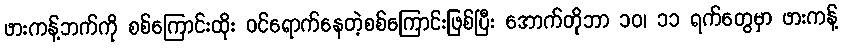
ဖားကန့်ဘက်ကို စစ်ကြောင်းထိုး ဝင်ရောက်နေတဲ့စစ်ကြောင်းဖြစ်ပြီး အောက်တိုဘာ ၁၀၊ ၁၁ ရက်တွေမှာ ဖားကန့်